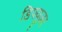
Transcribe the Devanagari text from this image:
डिफ्यूज़र